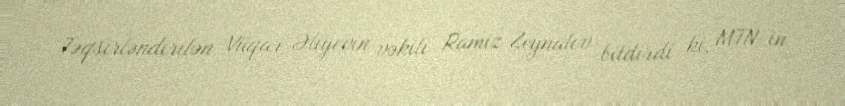
Təqsirləndirilən Vüqar Əliyevin vəkili Ramiz Zeynalov bildirdi ki, MTN-in